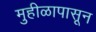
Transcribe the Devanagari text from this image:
मुहीळापासून